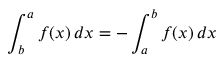
\int _ { b } ^ { a } f ( x ) \, d x = - \int _ { a } ^ { b } f ( x ) \, d x